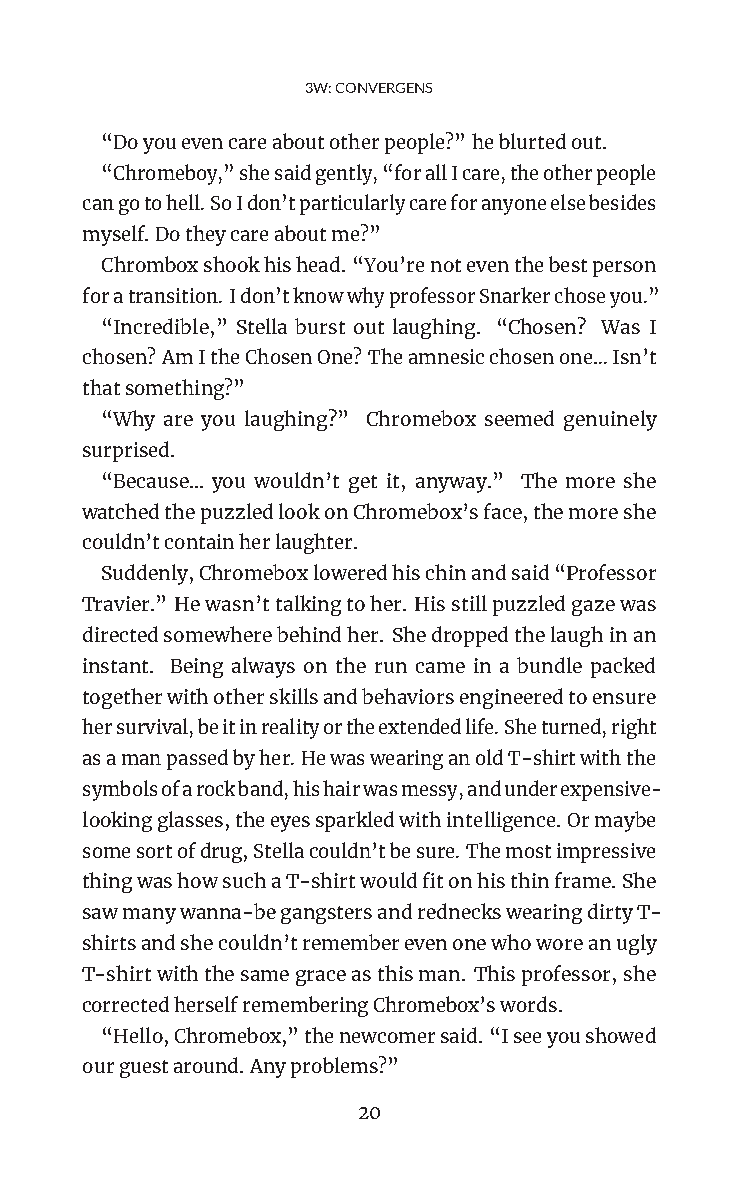
3W:CONVERGENS
 “Doyouevencareaboutotherpeople?”heblurtedout.
 “Chromeboy,”shesaidgently,“forallIcare,theotherpeople
 cangotohell.SoIdon’tparticularlycareforanyoneelsebesides
 myself.Dotheycareaboutme?”
 Chromboxshookhishead.“You’renoteventhebestperson
 foratransition.Idon’tknowwhyprofessorSnarkerchoseyou.”
 “Incredible,” Stella burst out laughing. “Chosen? Was I
 chosen?AmItheChosenOne?Theamnesicchosenone…Isn’t
 thatsomething?”
 “Why are you laughing?” Chromebox seemed genuinely
 surprised.
 “Because… you wouldn’t get it, anyway.” The more she
 watchedthepuzzledlookonChromebox’sface,themoreshe
 couldn’tcontainherlaughter.
 Suddenly,Chromeboxloweredhischinandsaid“Professor
 Travier.” Hewasn’ttalkingtoher. Hisstillpuzzledgazewas
 directedsomewherebehindher. Shedroppedthelaughinan
 instant. Being always on the run came in a bundle packed
 togetherwithotherskillsandbehaviorsengineeredtoensure
 hersurvival,beitinrealityortheextendedlife.Sheturned,right
 asamanpassedbyher.HewaswearinganoldT-shirtwiththe
 symbolsofarockband,hishairwasmessy,andunderexpensive-
 lookingglasses,theeyessparkledwithintelligence.Ormaybe
 somesortofdrug,Stellacouldn’tbesure.Themostimpressive
 thingwashowsuchaT-shirtwouldfitonhisthinframe.She
 sawmanywanna-begangstersandredneckswearingdirtyT-
 shirtsandshecouldn’trememberevenonewhoworeanugly
 T-shirtwiththesamegraceasthisman. Thisprofessor,she
 correctedherselfrememberingChromebox’swords.
 “Hello,Chromebox,”thenewcomersaid.“Iseeyoushowed
 ourguestaround.Anyproblems?”
 20